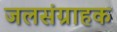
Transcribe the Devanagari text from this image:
जलसंग्राहक